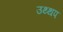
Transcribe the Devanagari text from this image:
उथ्थप